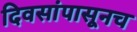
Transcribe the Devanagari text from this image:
दिवसांपासूनच